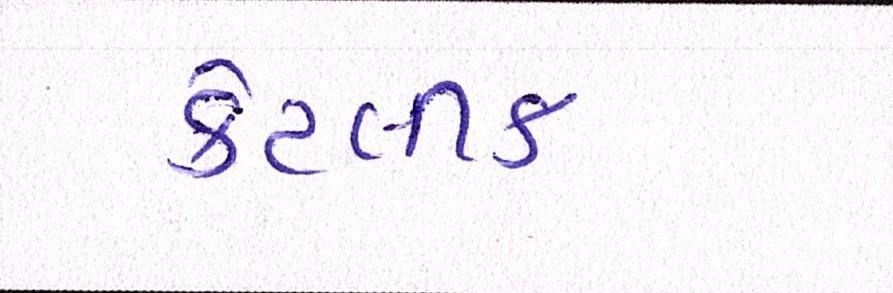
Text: કેટલીક